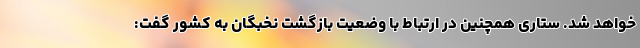
خواهد شد. ستاری همچنین در ارتباط با وضعیت بازگشت نخبگان به کشور گفت: